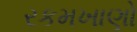
રકમખાણો